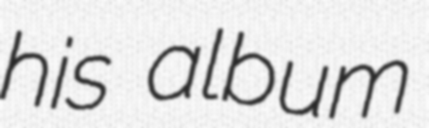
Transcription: his album